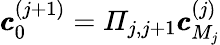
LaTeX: \pmb{c}_{0}^{(j+1)}=\varPi_{j,j+1}\pmb{c}_{M_{j}}^{(j)}